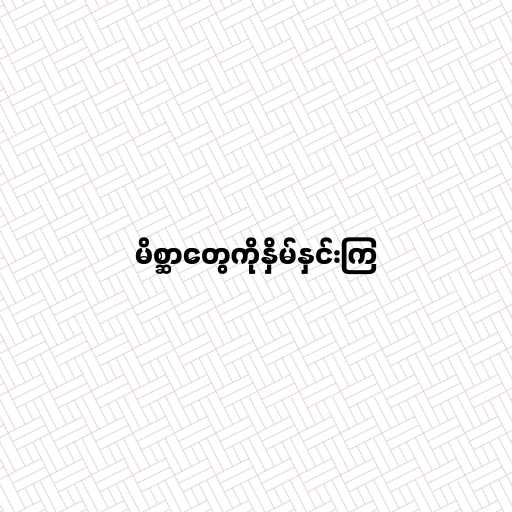
မိစ္ဆာတွေကိုနှိမ်နှင်းကြ